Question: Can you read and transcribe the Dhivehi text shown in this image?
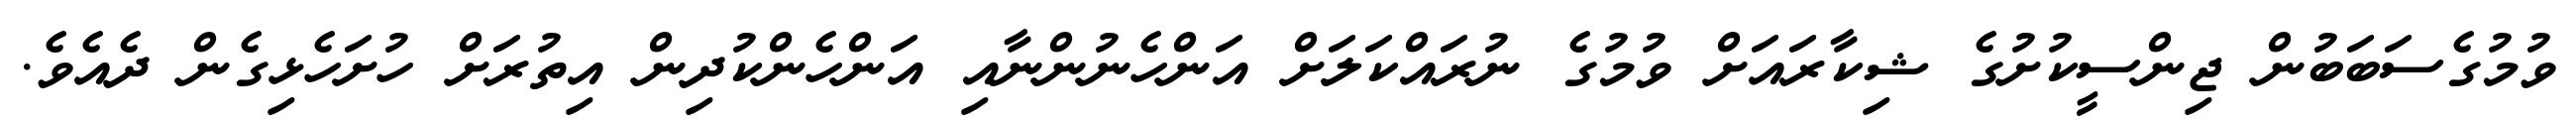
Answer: ވުމުގެސަބަބުން ޖިންސީކުށުގެ ޝިކާރައަށް ވުމުގެ ނުރައްކަލަށް އަންހެނުންނާއި އަންހެންކުދިން އިތުރަށް ހުށަހެޅިގެން ދެއެވެ.